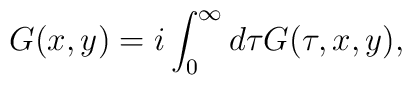
G(x,y)=i \int_0^\infty d\tau G(\tau,x,y),